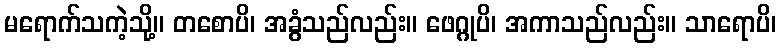
မရောက်သကဲ့သို့။ တစောပိ၊ အခွံသည်လည်း။ ဖေဂ္ဂုပိ၊ အကာသည်လည်း။ သာရောပိ၊